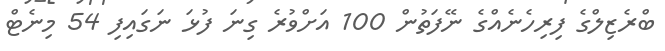
ބްރެޒިލްގެ ފިރިހެނެއްގެ ނޭފަތުން 100 އަށްވުރެ ގިނަ ފުޅަ ނަގައިފި 54 މިނެޓް